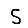
Digit: 5